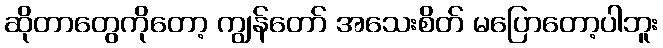
ဆိုတာတွေကိုတော့ ကျွန်တော် အသေးစိတ် မပြောတော့ပါဘူး